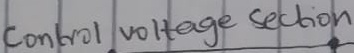
Text: Control voltage Section